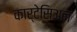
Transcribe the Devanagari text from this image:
कार्टेसिअन